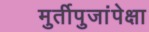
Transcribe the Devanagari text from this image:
मुर्तीपुजांपेक्षा